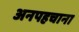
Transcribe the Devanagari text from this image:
अनपहचाना